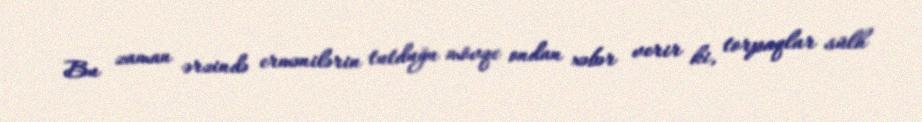
Bu zaman ərzində ermənilərin tutduğu mövqe ondan xəbər verir ki, torpaqlar sülh